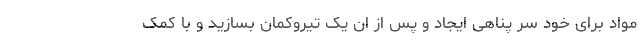
مواد برای خود سر پناهی ایجاد و پس از ان یک تیروکمان بسازید و با کمک